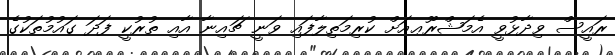
ރައީސް ވިދާޅުވީ އެމަޝްރޫޢއަށް ކުރިމަތިލާފައި ވަނީ ޗައިނާ އާއި ތުރުކީ ފަދަ ގައުމުތަކުގެ